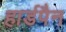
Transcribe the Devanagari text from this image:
हार्डपैन